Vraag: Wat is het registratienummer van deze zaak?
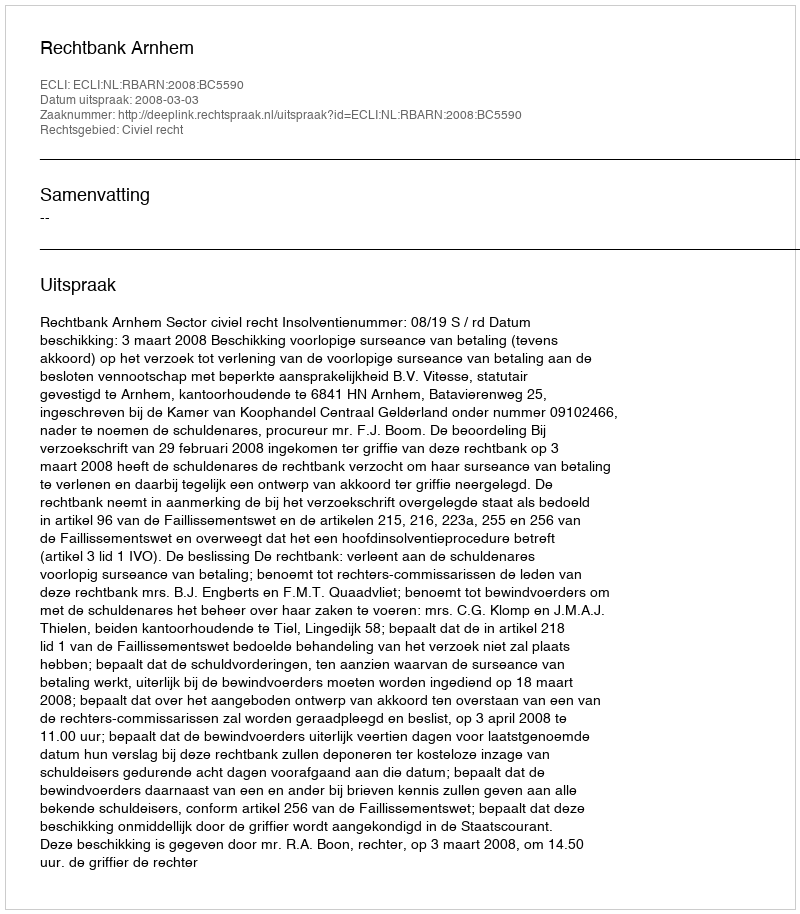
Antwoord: http://deeplink.rechtspraak.nl/uitspraak?id=ECLI:NL:RBARN:2008:BC5590